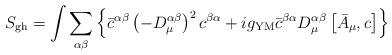
LaTeX: \begin{align*}S_{\rm gh}=\int\sum_{\alpha\beta} \left\{\bar c^{\alpha\beta}\left( -D^{\alpha\beta}_\mu\right)^2c^{\beta\alpha}+ig_{\rm YM}\bar c^{\beta\alpha}D_\mu^{\alpha\beta}\left[\bar A_\mu,c\right]\right\}\end{align*}